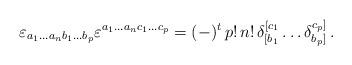
LaTeX: \begin{align*}\varepsilon_{a_1\ldots a_nb_1\ldots b_p} \varepsilon^{a_1\ldots a_nc_1\ldots c_p}=(-)^t\, p!\, n!\, \delta_{[b_1}^{[c_1}\ldots \delta_{b_p]}^{c_p]}\,.\end{align*}